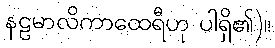
နဠမာလိကာထေရီဟု ပါရှိ၏)။